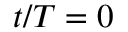
t / T = 0